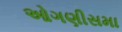
ઓગણીસમા